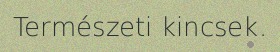
Természeti kincsek.